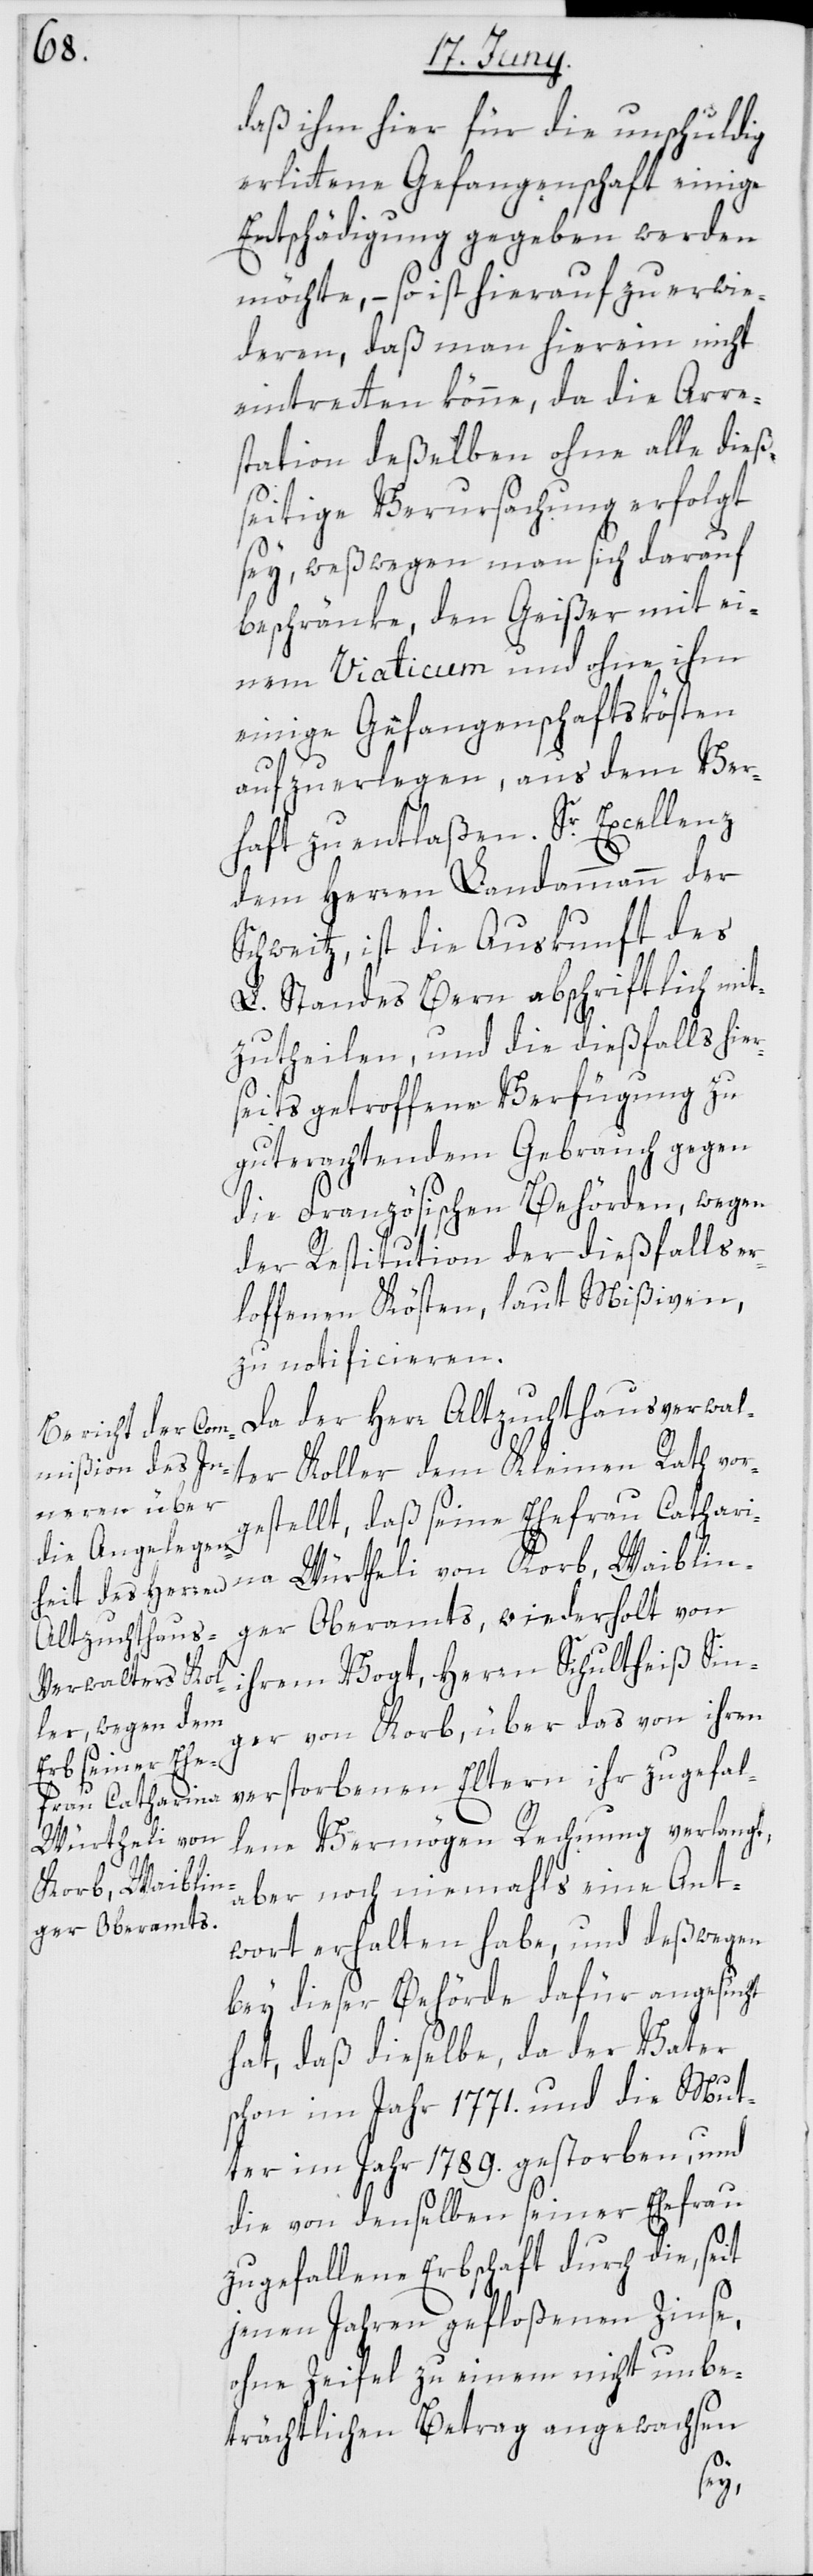
daß ihm hier für die unschuldig
erlittene Gefangenschaft einige
Entschädigung gegeben werden
möchte, – so ist hierauf zu erwi¬
deren, daß man hierein nicht
eintretten könne, da die Arre¬
station deßelben ohne alle dieß¬
eitige Verursachung erfolgt
sey, weßwegen man sich darauf
beschränke, den Geißer mit ei¬
nem Viaticum und ohne ihm
einige Gefangenschaftskösten
aufzuerlegen, aus dem Ver¬
haft zu entlaßen. Sr. Excellenz
dem Herren Landammann der
Schweitz, ist die Auskunft des
L. Standes Bern abschriftlich mit¬
zutheilen, und die dießfalls hier¬
seits getroffene Verfügung zu
gut erachtendem Gebrauch gegen
die Französischen Behörden, wegen
der Restitution der dießfalls er¬
loffenen Kösten, laut Mißiven,
zu notificieren.
Da der Herr Altzuchthausverwal¬
ter Koller dem Kleinen Rath vor¬
gestellt, daß seine Ehefrau Catharina
ger Oberamts, wiederholt von
ihrem Vogt, Herren Schultheiß Sin¬
ger von Korb, über das von ihren
verstorbenen Eltern ihr zugefal¬
lene Vermögen Rechnung verlangt,
Würtheli von
Korb, Waiblin¬
aber noch niemahls eine Ant¬
wort erhalten habe, und deßwegen
bey dieser Behörde dafür angesucht
hat, daß dieselbe, da der Vater
schon im Jahr 1771. und die Mut¬
ter im Jahr 1789. gestorben, und
die von denselben seiner Ehefrau
zugefallene Erbschaft durch die, seit
jenen Jahren gefloßenen Zinse,
ohne Zweifel zu einem nicht unbe¬
trächtlichen Betrag angewachsen